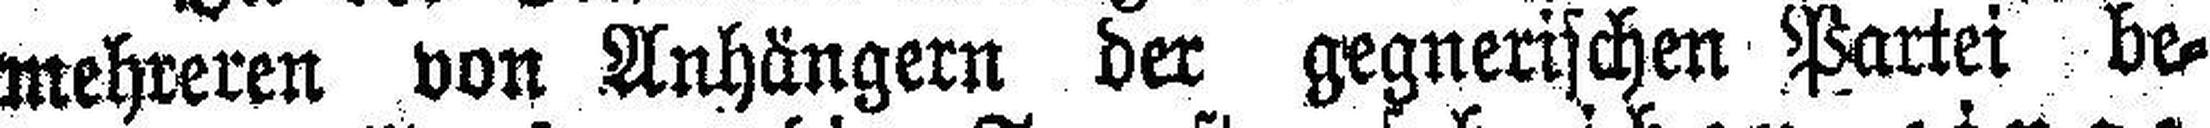
mehreren von Anhängern der gegnerischen Partei be¬